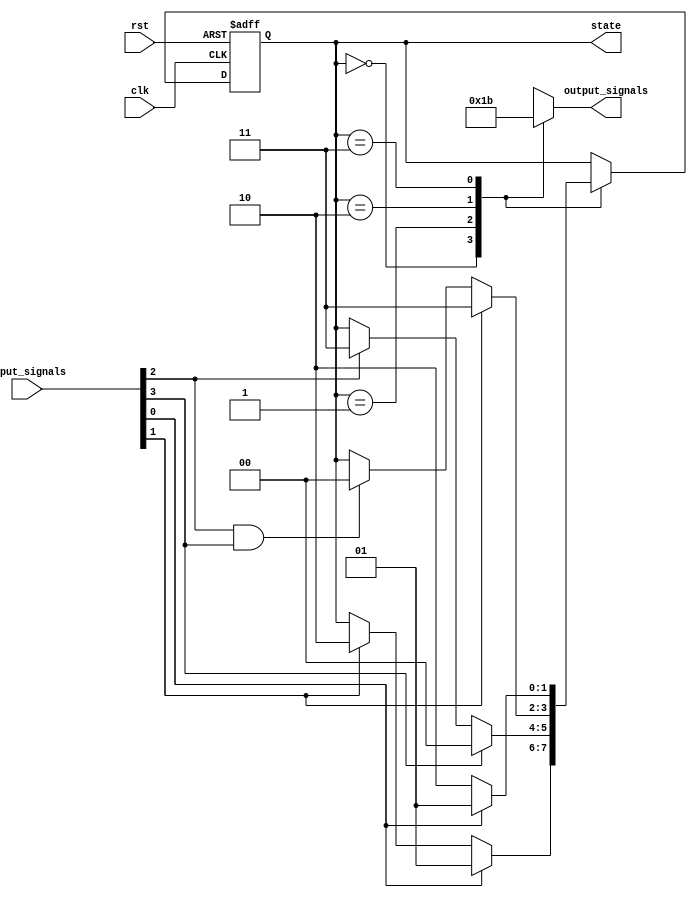
module state_machine (
    input wire clk,
    input wire rst,
    input wire [3:0] input_signals,
    output wire [1:0] output_signals,
    output reg [1:0] state
);

parameter STATE_A = 2'b00;
parameter STATE_B = 2'b01;
parameter STATE_C = 2'b10;
parameter STATE_D = 2'b11;

always @(posedge clk or posedge rst) begin
    if (rst) begin
        state <= STATE_A;
    end else begin
        case(state)
            STATE_A: begin
                if (input_signals[0]) begin
                    state <= STATE_B;
                end else if (input_signals[1]) begin
                    state <= STATE_C;
                end
            end
            STATE_B: begin
                if (input_signals[3]) begin
                    state <= STATE_A;
                end else if (input_signals[2]) begin
                    state <= STATE_D;
                end
            end
            STATE_C: begin
                if (input_signals[1]) begin
                    state <= STATE_D;
                end else if (input_signals[2] && input_signals[3]) begin
                    state <= STATE_A;
                end
            end
            STATE_D: begin
                if (input_signals[0]) begin
                    state <= STATE_B;
                end else begin
                    state <= STATE_C;
                end
            end
        endcase
    end
end

always @(*) begin
    case(state)
        STATE_A: begin
            output_signals = 2'b00;
        end
        STATE_B: begin
            output_signals = 2'b01;
        end
        STATE_C: begin
            output_signals = 2'b10;
        end
        STATE_D: begin
            output_signals = 2'b11;
        end
    endcase
end

endmodule